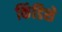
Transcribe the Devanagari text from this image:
किंडिशे